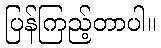
ပြန်ကြည့်တာပါ။